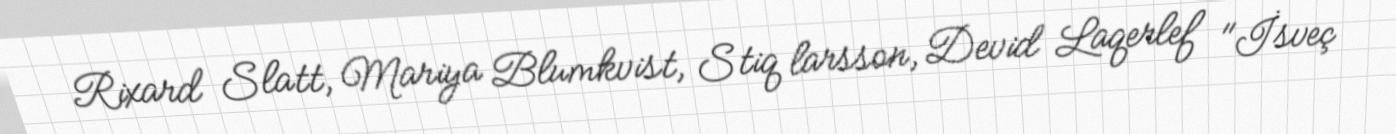
Rixard Slatt, Mariya Blumkvist, Stiq larsson, Devid Laqerlef "İsveç